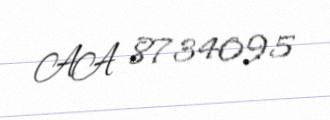
AA 8734095